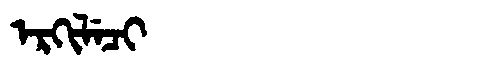
Manchu: ᡝᡵᡴᡳᠯᡝᠴᡳ
Romanization: ERKILECI